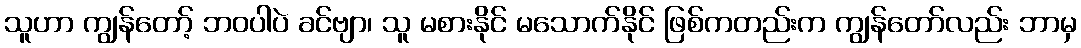
သူဟာ ကျွန်တော့် ဘဝပါပဲ ခင်ဗျာ၊ သူ မစားနိုင် မသောက်နိုင် ဖြစ်ကတည်းက ကျွန်တော်လည်း ဘာမှ